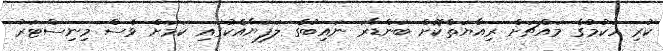
ކުރި ހުކުމުގެ މައްޗަށް ރިއާޔަތްކޮށް ބަންޑާރަ ނައިބުގެ ލަފަޔާއެކުގައި ކަމަށް ވެސް މިނިސްޓަރު